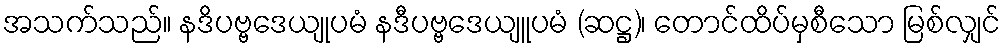
အသက်သည်။ နဒိပဗ္ဗဒေယျုပမံ နဒီပဗ္ဗဒေယျူပမံ (ဆဋ္ဌ)၊ တောင်ထိပ်မှစီသော မြစ်လျှင်